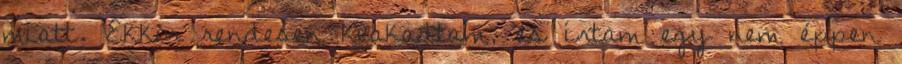
miatt. Ekkor rendesen kiakadtam, és írtam egy nem éppen